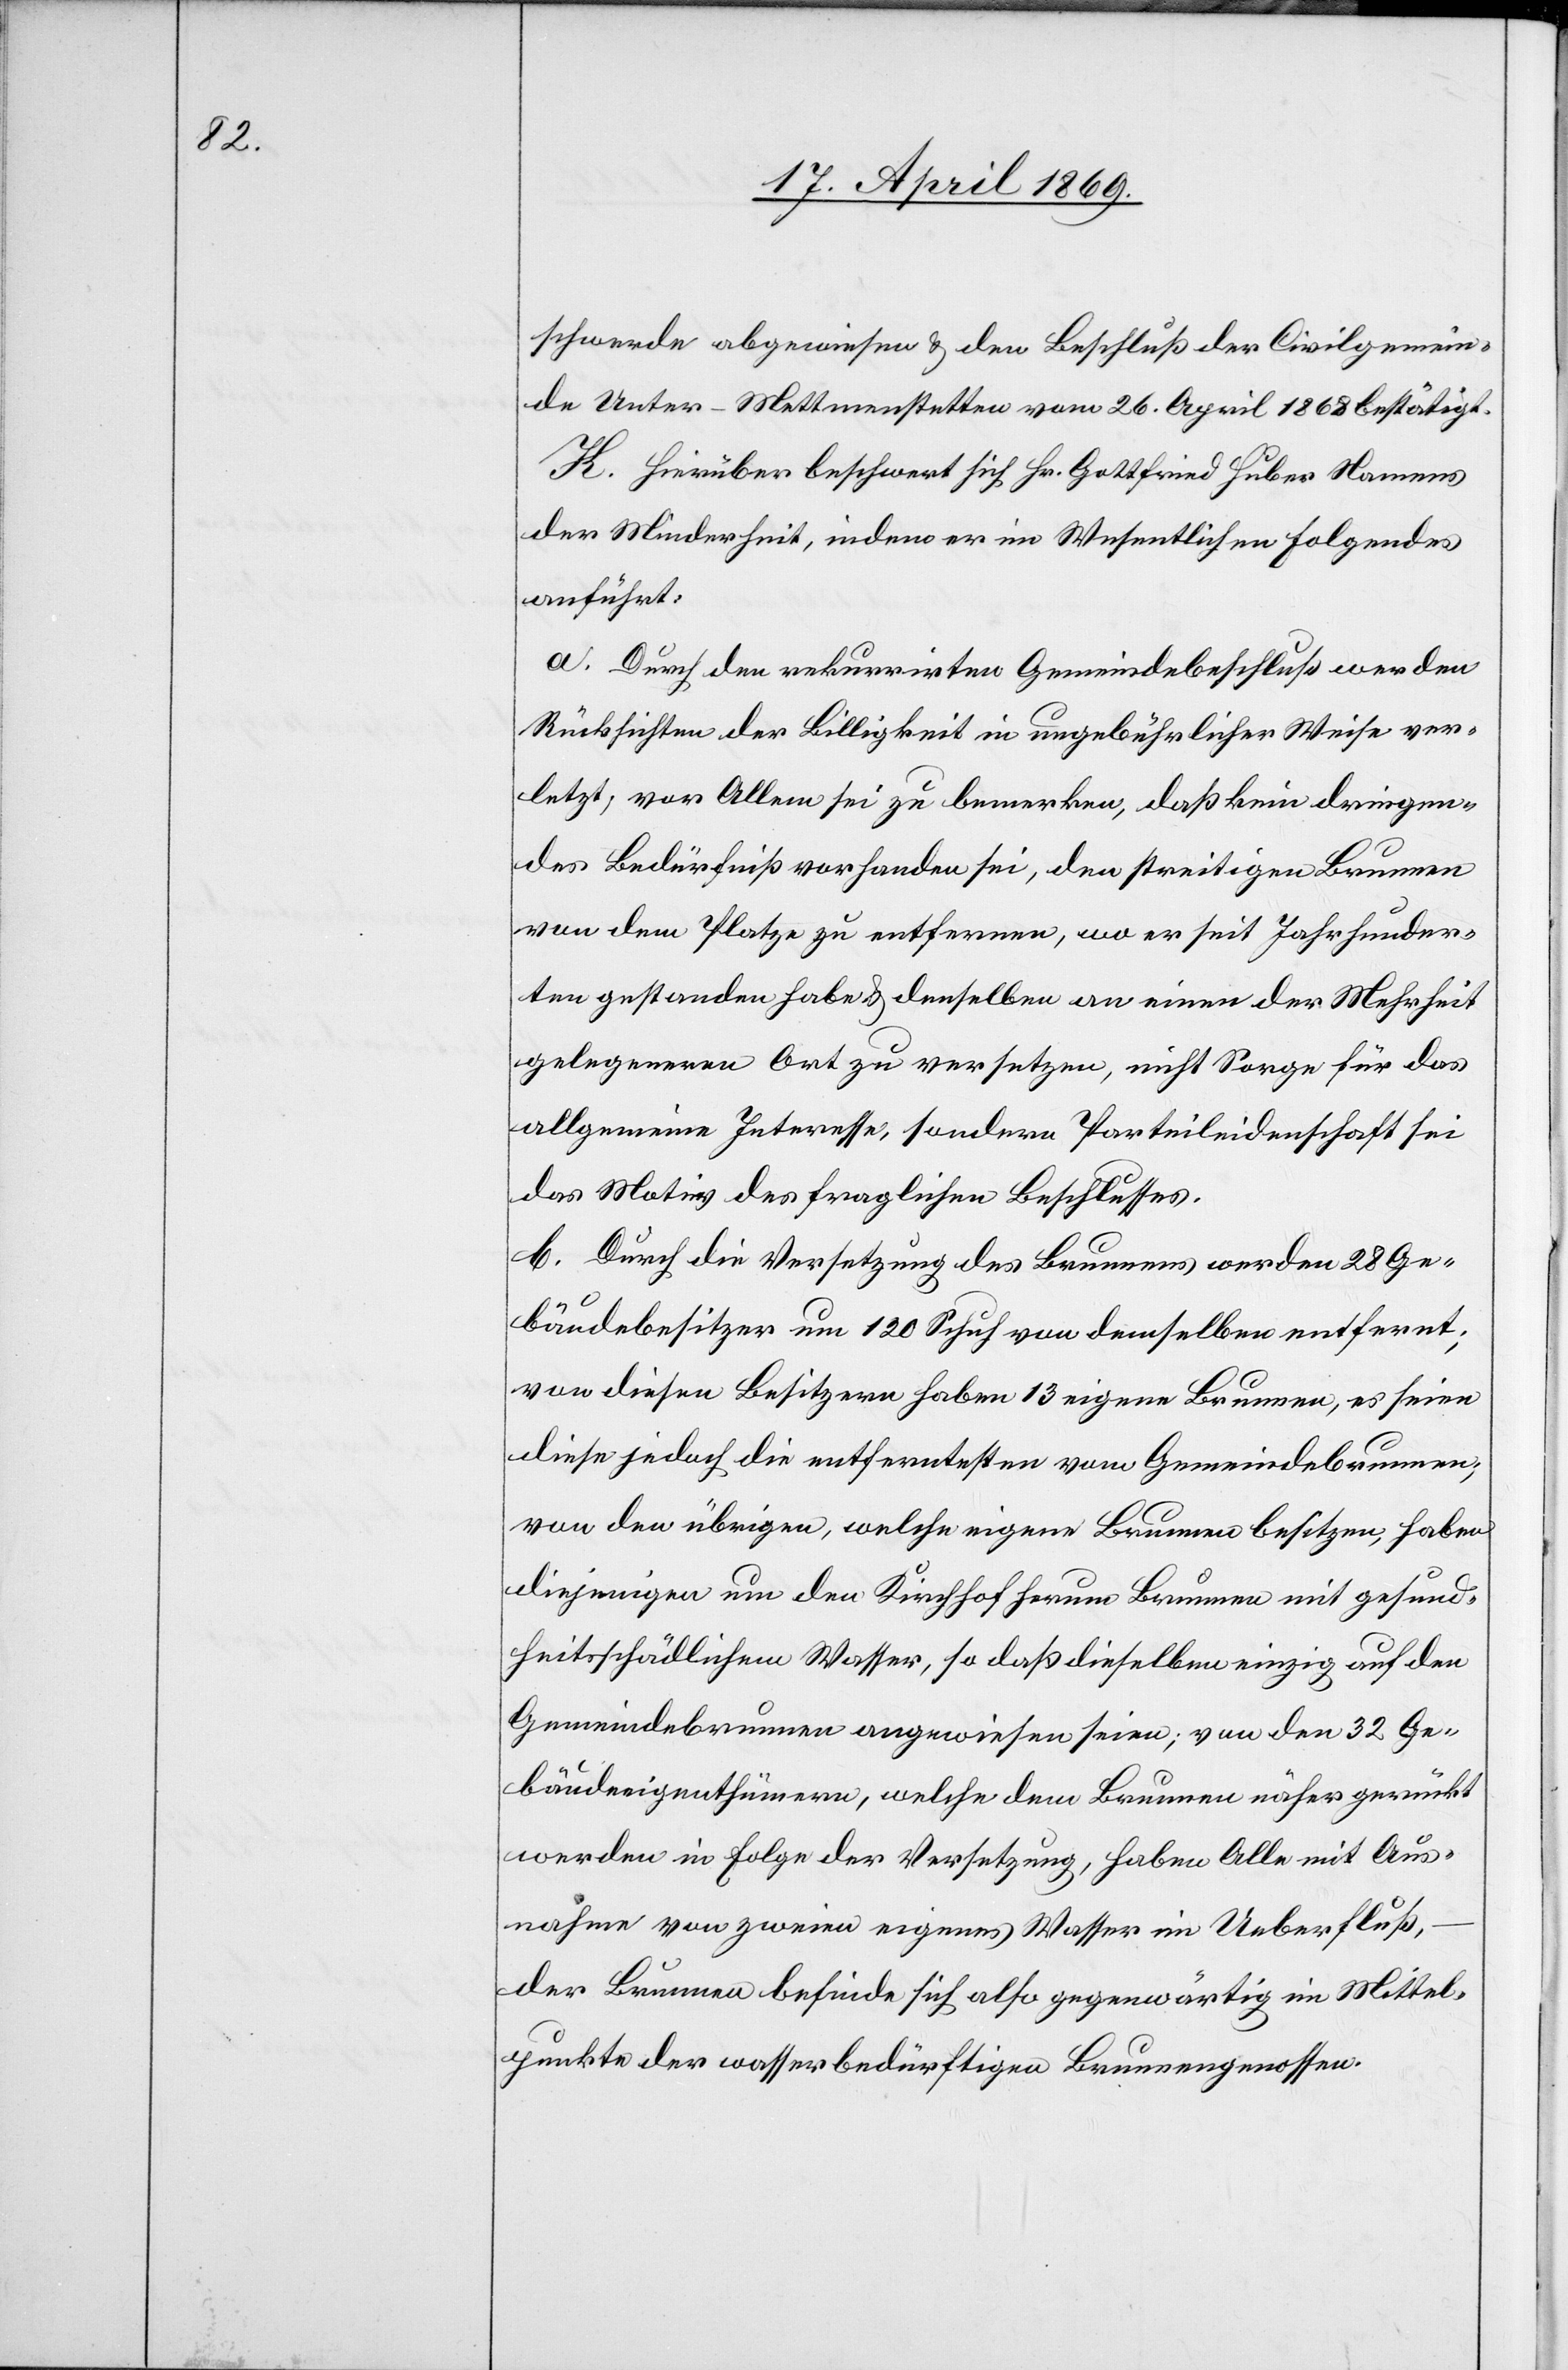
schwerde abgewiesen u. den Beschluß der Civilgemein¬
de Unter-Mettmenstetten vom 26. April 1868 bestätigt.
K. Hierüber beschwert sich Hr. Gottfried Huber Namens
der Minderheit, indem er im Wesentlichen Folgendes
anführt:
a. Durch den rekurrirten Gemeindsbeschluß werden
Rücksichten der Billigkeit in ungebührlicher Weise ver¬
letzt, vor Allem sei zu bemerken, daß kein dringen¬
des Bedürfniß vorhanden sei, den streitigen Brunnen
von dem Platze zu entfernen, wo er seit Jahrhunder¬
ten gestanden habe u. denselben an einen der Mehrheit
gelegeneren Ort zu versetzen, nicht Sorge für das
allgemeine Interesse, sondern Parteileidenschaft sei
das Motiv des fraglichen Beschlusses.
b. Durch die Versetzung des Brunnens werden 28 Ge¬
bäudebesitzer um 120 Schuh von demselben entfernt;
von diesen Besitzern haben 13 eigene Brunnen, es seien
diese jedoch die entferntesten vom Gemeindebrunnen,
von den übrigen, welche eigene Brunnen besitzen, haben
diejenigen um den Kirchhof herum Brunnen mit gesund¬
heitsschädlichem Wasser, so daß dieselben einzig auf den
Gemeindebrunnen angewiesen seien; von den 32 Ge¬
bäudeeigenthümern, welche dem Brunnen näher gerückt
werden in Folge der Versetzung, haben Alle mit Aus¬
nahme von zweien eigenes Wasser im Ueberfluß,
der Brunnen befinde sich also gegenwärtig im Mittel¬
punkte der wasserbedürftigen Brunnengenossen.